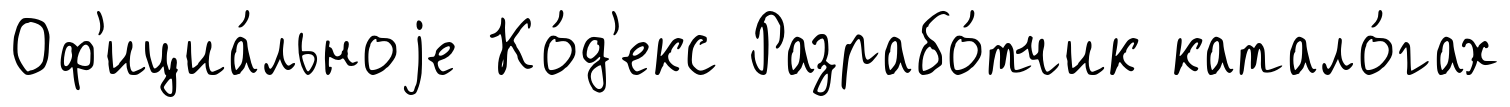
Оф'ициа́льноjе Ко́д'екс Разрабо́тчик катало́гах